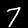
Digit: 7